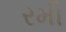
રમી